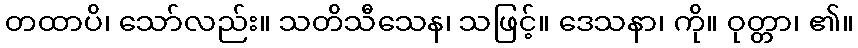
တထာပိ၊ သော်လည်း။ သတိသီသေန၊ သဖြင့်။ ဒေသနာ၊ ကို။ ဝုတ္တာ၊ ၏။